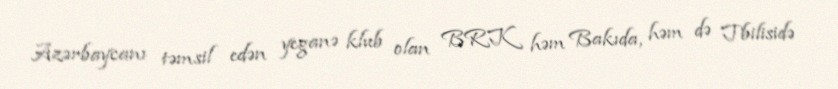
Azərbaycanı təmsil edən yeganə klub olan BRK həm Bakıda, həm də Tbilisidə